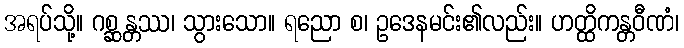
အရပ်သို့။ ဂစ္ဆန္တဿ၊ သွားသော။ ရညော စ၊ ဥဒေနမင်း၏လည်း။ ဟတ္ထိကန္တဝီဏံ၊